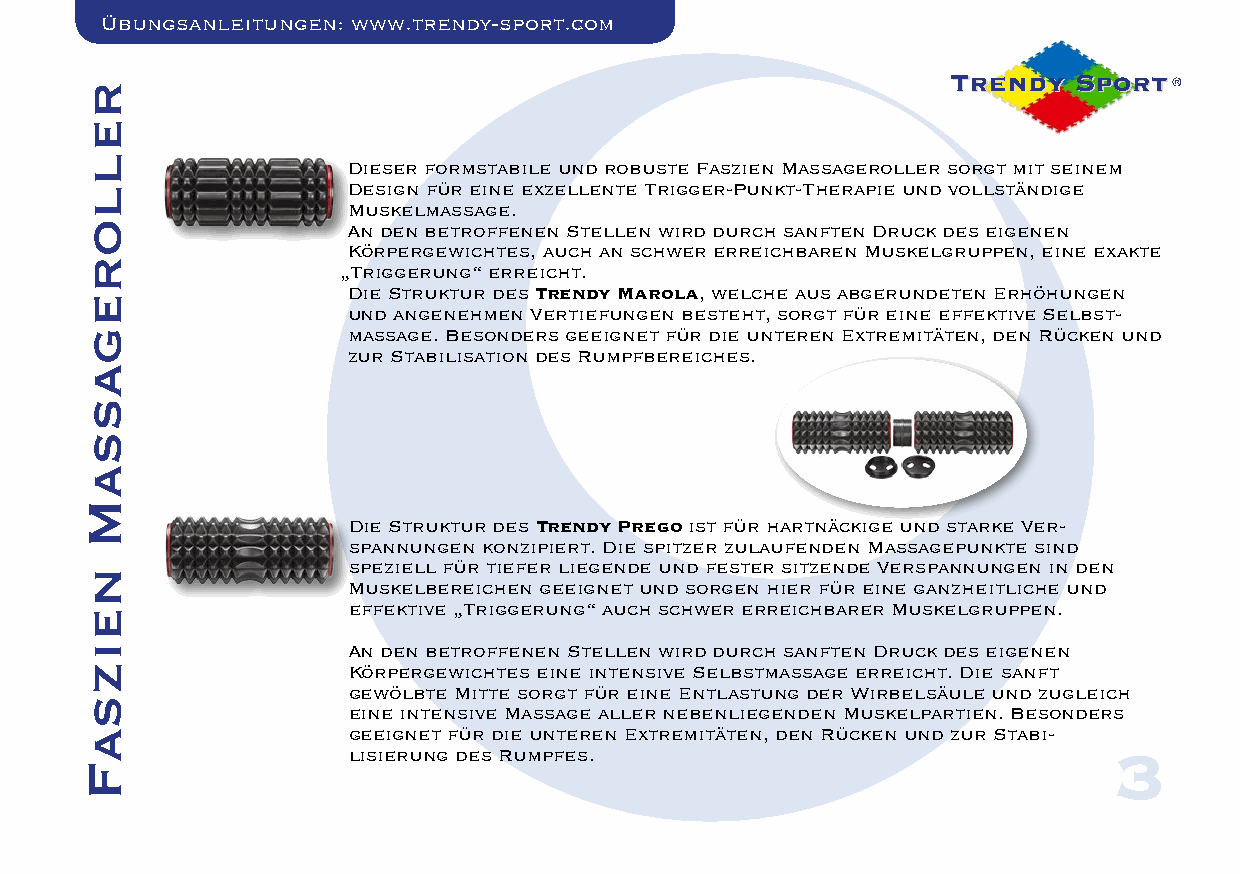
Übungsanleitungen: www.trendy-sport.com
 Dieser formstabile und robuste Faszien Massageroller sorgt mit seinem
 Design für eine exzellente Trigger-Punkt-Therapie und vollständige
 Muskelmassage.
 An den betroffenen Stellen wird durch sanften Druck des eigenen
 Körpergewichtes, auch an schwer erreichbaren Muskelgruppen, eine exakte
 „Triggerung“ erreicht.
 Die Struktur des Trendy Marola, welche aus abgerundeten Erhöhungen
 und angenehmen Vertiefungen besteht, sorgt für eine effektive Selbst-
 massage. Besonders geeignet für die unteren Extremitäten, den Rücken und
 zur Stabilisation des Rumpfbereiches.
 Die Struktur des Trendy Prego ist für hartnäckige und starke Ver-
 spannungen konzipiert. Die spitzer zulaufenden Massagepunkte sind
 speziell für tiefer liegende und fester sitzende Verspannungen in den
 Muskelbereichen geeignet und sorgen hier für eine ganzheitliche und
 effektive „Triggerung“ auch schwer erreichbarer Muskelgruppen.
 An den betroffenen Stellen wird durch sanften Druck des eigenen
 Körpergewichtes eine intensive Selbstmassage erreicht. Die sanft
 gewölbte Mitte sorgt für eine Entlastung der Wirbelsäule und zugleich
 eine intensive Massage aller nebenliegenden Muskelpartien. Besonders
 geeignet für die unteren Extremitäten, den Rücken und zur Stabi-
 lisierung des Rumpfes.                             3
 relloregassaM
 neizsaF